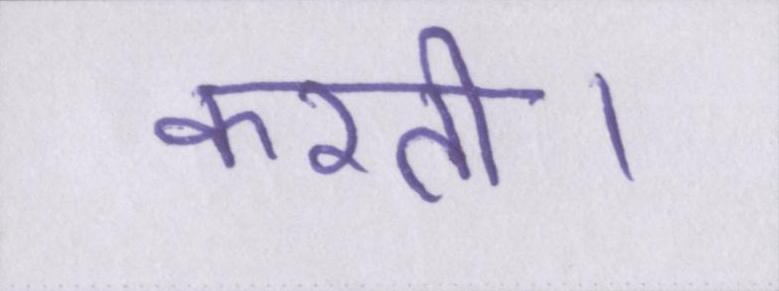
करती।